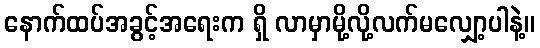
နောက်ထပ်အခွင့်အရေးက ရှိ လာမှာမို့လို့လက်မလျှော့ပါနဲ့။